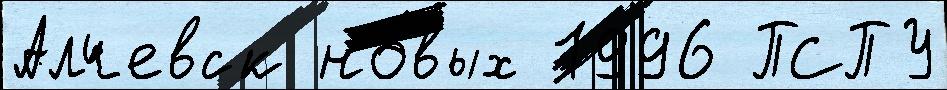
Алчевск но́вых 1996 ПСПУ